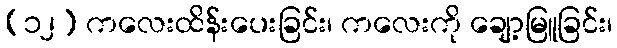
(၁၂) ကလေးထိန်းပေးခြင်း၊ ကလေးကို ချော့မြူခြင်း၊